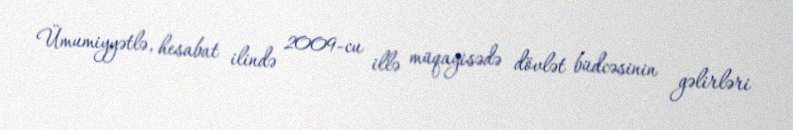
Ümumiyyətlə, hesabat ilində 2009-cu illə müqayisədə dövlət büdcəsinin gəlirləri